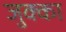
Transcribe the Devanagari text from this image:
जुक्का